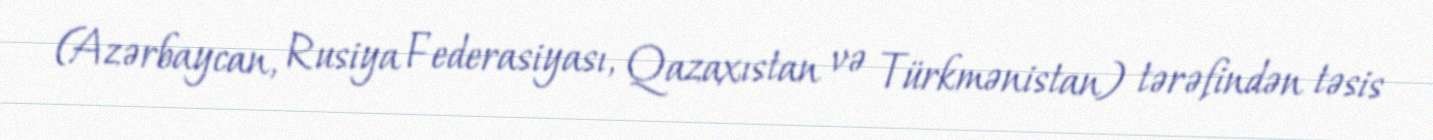
(Azərbaycan, Rusiya Federasiyası, Qazaxıstan və Türkmənistan) tərəfindən təsis